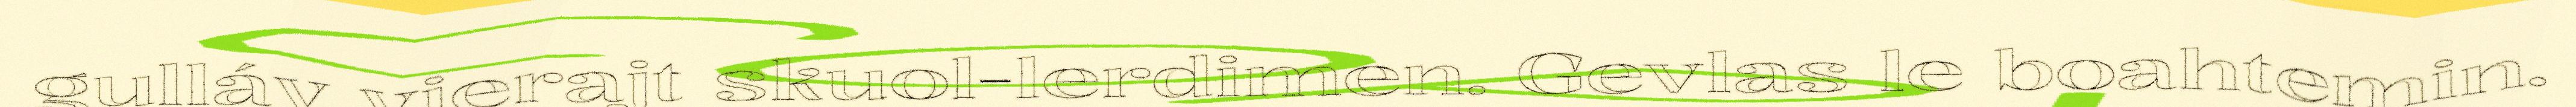
gulláv vierajt skuol-lerdimen. Gevlas le boahtemin.